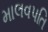
માલવપતિ